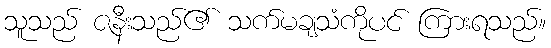
သူသည် ဇနီးသည်၏ သက်မချသံကိုပင် ကြားရသည်။